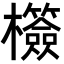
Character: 𣠺